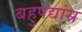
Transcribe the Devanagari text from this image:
बहुपद्यांस